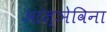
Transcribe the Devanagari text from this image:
आज्ञेविना